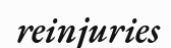
reinjuries